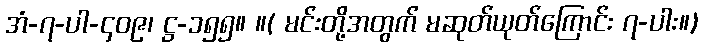
အံ-၇-ပါ-၄၀၉၊ ဋ္ဌ-၁၅၅။ ။( မင်းတို့အတွက် မဆုတ်ယုတ်ကြောင်း ၇-ပါး။)